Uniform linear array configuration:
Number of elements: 64
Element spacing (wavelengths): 0.5
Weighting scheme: exponential
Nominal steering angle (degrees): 15
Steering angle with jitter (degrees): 16.609
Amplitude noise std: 0.05
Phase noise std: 0.05

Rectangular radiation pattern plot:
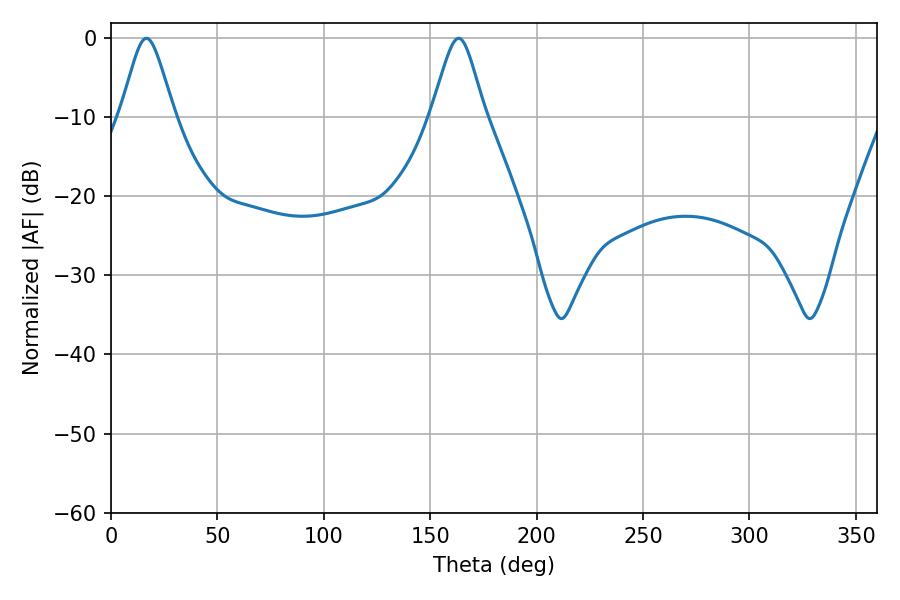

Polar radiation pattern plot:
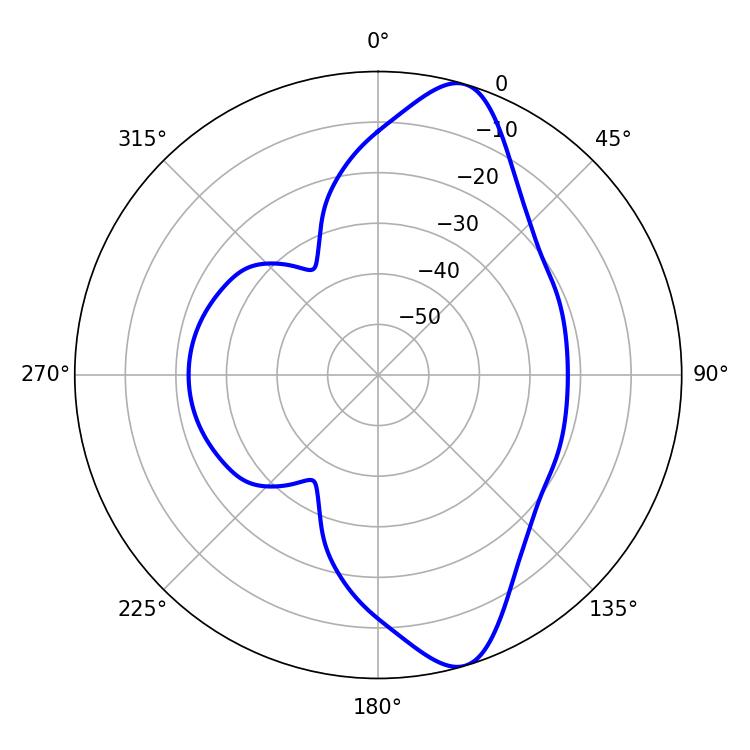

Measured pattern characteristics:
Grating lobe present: FALSE
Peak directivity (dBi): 11.096
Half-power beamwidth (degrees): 12.24
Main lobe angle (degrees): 16.56